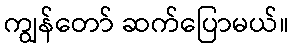
ကျွန်တော် ဆက်ပြောမယ်။